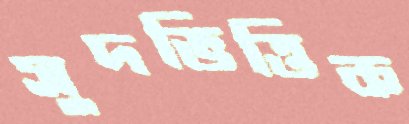
সুদভিত্তিক